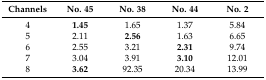
<table><thead><tr><td><b>Channels</b></td><td><b>No. 45</b></td><td><b>No. 38</b></td><td><b>No. 44</b></td><td><b>No. 2</b></td></tr></thead><tbody><tr><td>4</td><td><b>1.45</b></td><td>1.65</td><td>1.37</td><td>5.84</td></tr><tr><td>5</td><td>2.11</td><td><b>2.56</b></td><td>1.63</td><td>6.65</td></tr><tr><td>6</td><td>2.55</td><td>3.21</td><td><b>2.31</b></td><td>9.74</td></tr><tr><td>7</td><td>3.04</td><td>3.91</td><td><b>3.10</b></td><td>12.01</td></tr><tr><td>8</td><td><b>3.62</b></td><td>92.35</td><td>20.34</td><td>13.99</td></tr></tbody></table>